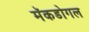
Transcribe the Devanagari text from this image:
मॅकडोगल